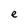
Character: e